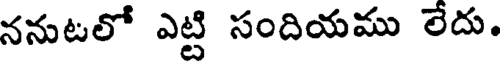
ననుటలో ఎట్టి సందియము లేదు.